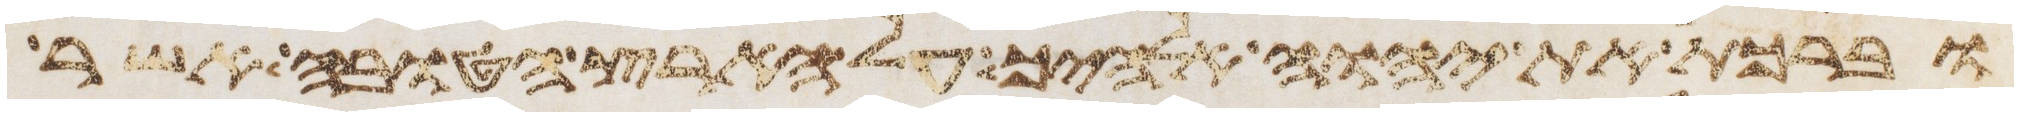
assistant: וברכת את יהוה אלהיך על הארץ הטובה אשר